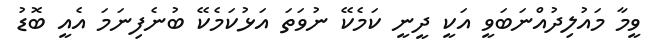
ވީމާ މައުލިދުއްނަބަވީ އަކީ ދީނީ ކަމެކޭ ނުވަތަ އަޅުކަމެކޭ ބުނެފިނަމަ އެއީ ބޮޑު